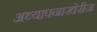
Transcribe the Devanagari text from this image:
अध्यापनाखेरीज